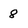
Character: 8